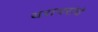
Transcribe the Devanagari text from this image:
थराथरांचे